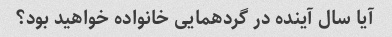
آیا سال آینده در گردهمایی خانواده خواهید بود؟